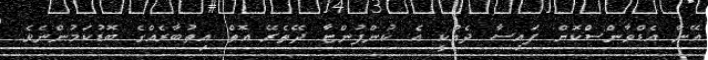
އޭނާ އެޑްވާންސްކޮށް ފައިސާ ދެއްކީ އެ ކުންފުންޏާ ދޭތެރޭ އޮތް އިތުބާރެއްގެ ބޮޑުކަމުންނެވެ.